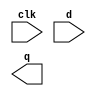
// Create a single D flip-flop.

module top_module (
    input clk,    // Clocks are used in sequential circuits
    input d,
    output reg q );//

    // Use a clocked always block
    //   copy d to q at every positive edge of clk
    //   Clocked always blocks should use non-blocking assignments

endmodule